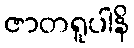
ဇာတရူပါနိ